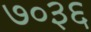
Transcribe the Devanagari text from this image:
७०३६